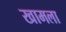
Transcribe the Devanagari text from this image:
खामला